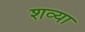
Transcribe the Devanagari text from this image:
शव्या